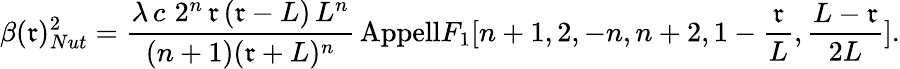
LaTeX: \beta(\mathfrak{r})_{Nut}^{2}=\frac{{\lambda\, c\, \, 2^{n}\, \mathfrak{r}\, (\mathfrak{r}-L)\, L^{n}}}{{(n+1)(\mathfrak{r}+L)^{n}}}\, \mathrm{{{Appell}}}F_{1}[n+1,2,-n,n+2,1-\frac{{\mathfrak{r}}}{{L}},\frac{{L-\mathfrak{r}}}{{2L}}].